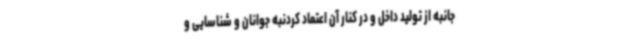
‌جانبه از تولید داخل و در کنار آن اعتماد کردنبه جوانان و شناسایی و